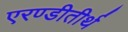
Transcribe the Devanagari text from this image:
एरण्डीतीर्थ